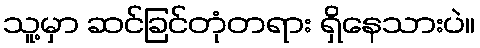
သူ့မှာ ဆင်ခြင်တုံတရား ရှိနေသားပဲ။